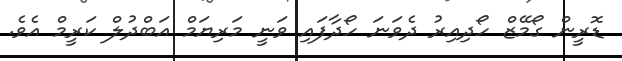
ޑޮރީން ގޯމޭޒް ހޯދިއިރު ދެވަނަ ހޯދާފައި ވަނީ މަރިޔަމް އަބްދުލް ކަރީމް އެވެ.